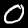
Label: 0